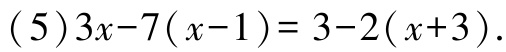
\((5)3x - 7(x - 1)=3 - 2(x + 3)\)